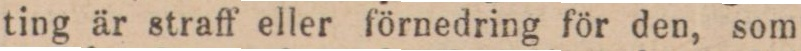
ting är straff eller förnedring för den, som